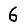
Digit: 6